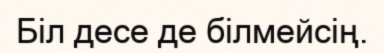
Біл десе де білмейсің.